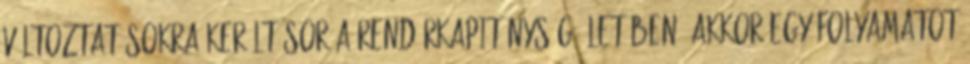
változtatásokra került sor a Rendőrkapitányság életében. Akkor egy folyamatot